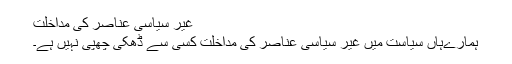
غیر سیاسی عناصر کی مداخلت
ہمارےہاں سیاست میں غیر سیاسی عناصر کی مداخلت کسی سے ڈھکی چھپی نہیں ہے۔